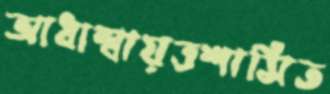
আধাস্বায়ত্তশাসিত